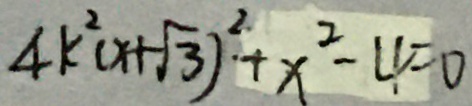
4 k ^ { 2 } ( x + \sqrt { 3 } ) ^ { 2 } + x ^ { 2 } - 4 = 0